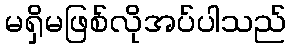
မရှိမဖြစ်လိုအပ်ပါသည်